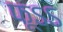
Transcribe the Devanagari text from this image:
फूऽऽ